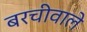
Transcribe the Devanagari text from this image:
बरचीवाले